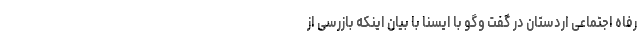
رفاه اجتماعی اردستان در گفت وگو با ایسنا با بیان اینکه بازرسی از